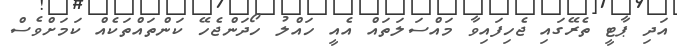
އަދި ޕާޓީ ތެރޭގައި ޖެހިފައިވާ މައްސަލަތައް އެއީ ހައްލު ހޯދަންޖެހޭ ކަންތައްތަކެއް ކަމަށްވެސް